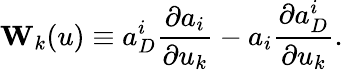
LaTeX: {\mathbf W}_{k}(u)\equiv a_{D}^{i}\frac{\partial a_{i}}{\partial u_{k}}-a_{i}\frac{\partial a_{D}^{i}}{\partial u_{k}}.